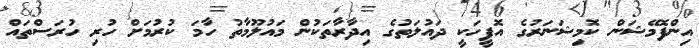
އިންފޮމޭޝަން ކޮމިޝަނަރުގެ އޮފީހަކީ ދައުލަތުގެ އިދާރާތަކުން މައުލޫމާތު ހާމަ ކުރުމަށް ހުރި ހުރަސްތައް